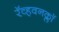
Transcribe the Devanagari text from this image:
रॅव्हवनक्लॉ